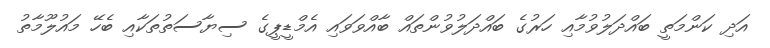
އަދި ކަންމަތީ ބައްދަލުވުމާއި ހަރުގެ ބައްދަލުވުންތައް ބާއްވަވައި އެމްޑީޕީގެ ސިޔާސަތުތަކާއި ބެހޭ މައުލޫމާތު